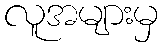
လူအများမှ